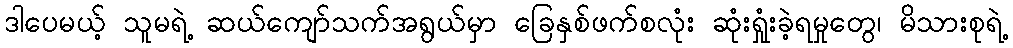
ဒါပေမယ့် သူမရဲ့ ဆယ်ကျော်သက်အရွယ်မှာ ခြေနှစ်ဖက်စလုံး ဆုံးရှုံးခဲ့ရမှုတွေ၊ မိသားစုရဲ့